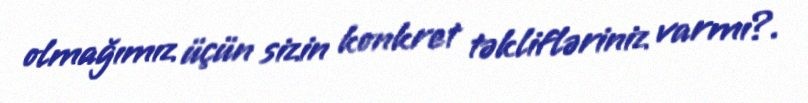
olmağımız üçün sizin konkret təklifləriniz varmı?.